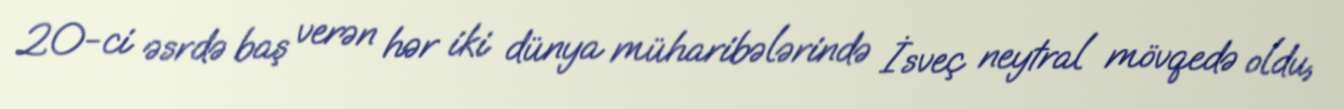
20-ci əsrdə baş verən hər iki dünya müharibələrində İsveç neytral mövqedə oldu,